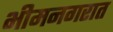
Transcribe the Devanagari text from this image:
भीमनगरात